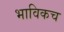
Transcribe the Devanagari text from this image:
भाविकच